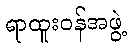
ရာထူးဝန်အဖွဲ့